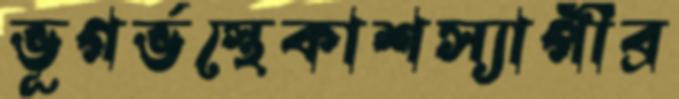
ভূগর্ভস্থেকাশস্যাপীব্র